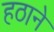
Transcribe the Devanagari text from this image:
हठाने